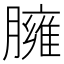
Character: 臃